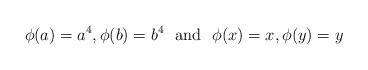
LaTeX: \begin{align*}\phi(a)=a^4, \phi(b)=b^4 \ \mbox{ and } \ \phi(x)=x, \phi(y)=y\end{align*}